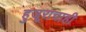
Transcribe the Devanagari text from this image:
हुजूराचाही